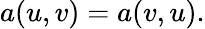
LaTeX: a(u,v)=a(v,u).